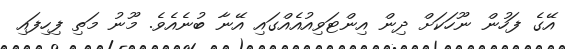
އޭގެ ފަހުން ނޫހަކަށް ދިން އިންޓަވިއުއެއްގައި އޭނާ ބުނެއެވެ. މޫނު މަތި ފިހިފައި